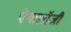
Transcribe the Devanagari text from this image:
पैथालॉजी